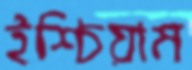
ইশ্চিয়াম